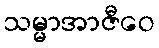
သမ္မာအာဇီဝေ